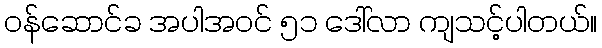
ဝန်ဆောင်ခ အပါအဝင် ၅၁ ဒေါ်လာ ကျသင့်ပါတယ်။